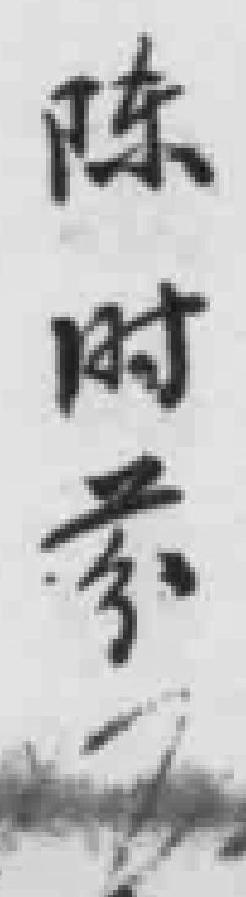
陈时*